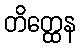
တိတ္ထေန